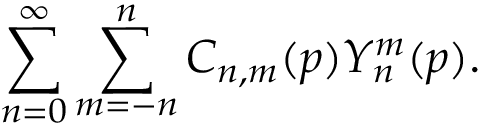
\sum _ { n = 0 } ^ { \infty } \sum _ { m = - n } ^ { n } C _ { n , m } ( \boldsymbol { p } ) Y _ { n } ^ { m } ( \boldsymbol { p } ) .